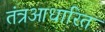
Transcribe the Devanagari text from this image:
तंत्रआधारित